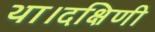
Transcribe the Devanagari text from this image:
था।दक्षिणी